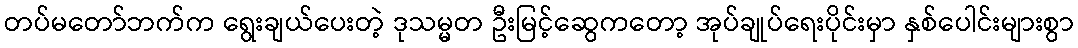
တပ်မတော်ဘက်က ရွေးချယ်ပေးတဲ့ ဒုသမ္မတ ဦးမြင့်ဆွေကတော့ အုပ်ချုပ်ရေးပိုင်းမှာ နှစ်ပေါင်းများစွာ